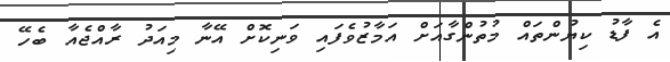
އެ ފާޑު ކިޔުންތައް މުތުންގާއަށް އަމާޒުވެފައި ވަނިކޮށް އޭނާ މިއަދު ރާއްޖެއާ ބެހޭ